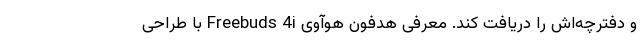
و دفترچه‌اش را دریافت کند. معرفی هدفون هوآوی Freebuds 4i با طراحی